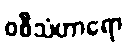
ဝစီသံဟာရော